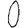
Digit: 0